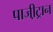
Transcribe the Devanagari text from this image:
पाजी़ट्रान